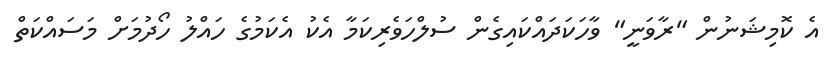
އެ ކޮމިޝަނުން "ރާވަނީ" ވާހަކަދައްކައިގެން ސުލްހަވެރިކަމާ އެކު އެކަމުގެ ހައްލު ހޯދުމަށް މަސައްކަތް